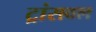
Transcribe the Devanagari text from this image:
ट्रांसवल